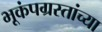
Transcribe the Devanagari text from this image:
भूकंपग्रस्तांच्या